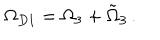
\Omega _ { D 1 } = \Omega _ { 3 } + \tilde { \Omega } _ { 3 } \, .